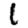
Digit: 1